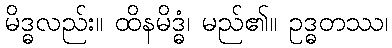
မိဒ္ဓလည်း။ ထိနမိဒ္ဓံ၊ မည်၏။ ဥဒ္ဓတဿ၊